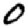
Digit: 0